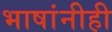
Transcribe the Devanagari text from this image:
भाषांनीही